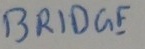
Text: BRIDGE